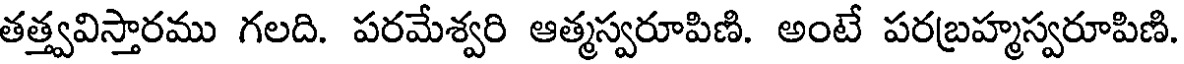
తత్త్వవిస్తారము గలది. పరమేశ్వరి ఆత్మస్వరూపిణి. అంటే పరబ్రహ్మస్వరూపిణి.